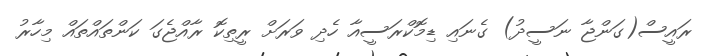
ރައީސް(ގަންޖާ ނަސީދު) ގެނައި ޑިމޮކްރަސީއާ ހެދި ވަރަށް ރީތިކޮ ރާއްޖެގަ ކަންތައްތައް މިހާރު